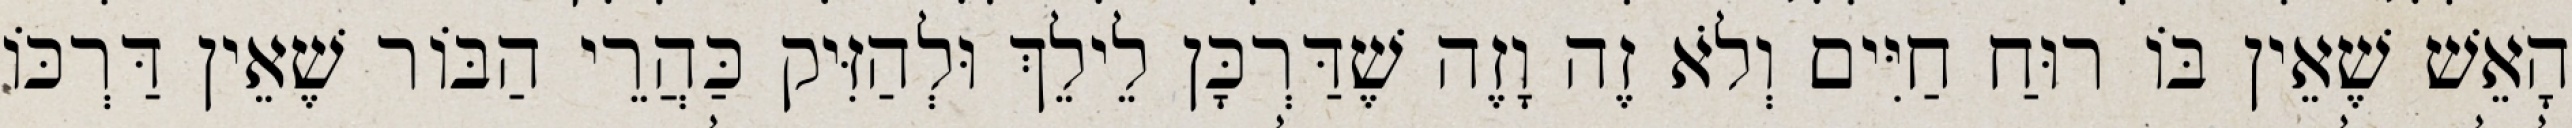
הָאֵשׁ שֶׁאֵין בּוֹ רוּחַ חַיִּים וְלֹא זֶה וָזֶה שֶׁדַּרְכָּן לֵילֵךְ וּלְהַזִּיק כַּהֲרֵי הַבּוֹר שֶׁאֵין דַּרְכּוֹ